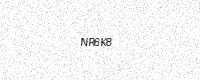
Text: NR6K8